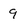
Character: 9